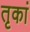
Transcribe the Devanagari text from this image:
तृकां